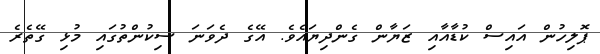
ޕޮލިހުން އައިސް ކުޑާއާއި ޒަޔާން ގެންދިޔައެވެ. އޭގެ ދެވަނަ ސިކުންތުގައި މުޅި ގޭތެރެ